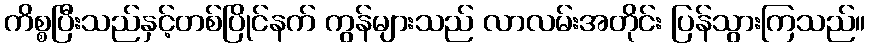
ကိစ္စပြီးသည်နှင့်တစ်ပြိုင်နက် ကွန်များသည် လာလမ်းအတိုင်း ပြန်သွားကြသည်။